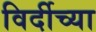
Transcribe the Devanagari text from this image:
विर्दीच्या